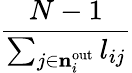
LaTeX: \frac{N-1}{\sum_{j\in{{\mathbf{n}}_{i}^{\mathrm{out}}}}l_{ij}}